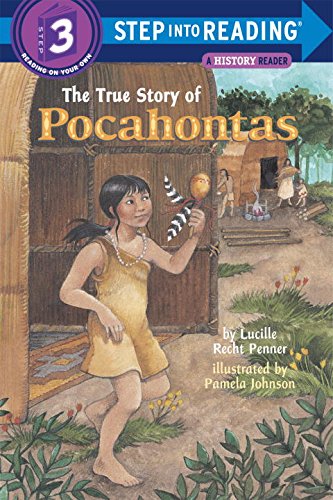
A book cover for The True Story of Pocahontas (Step-Into-Reading, Step 3); Lucille Rech Penner; Children's Books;